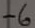
Text: -6